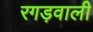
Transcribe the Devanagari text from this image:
रगड़वाली